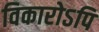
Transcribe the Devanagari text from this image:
विकारोऽपि